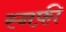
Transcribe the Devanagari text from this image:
स्नफ़ी